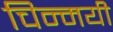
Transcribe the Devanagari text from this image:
चिन्मयी